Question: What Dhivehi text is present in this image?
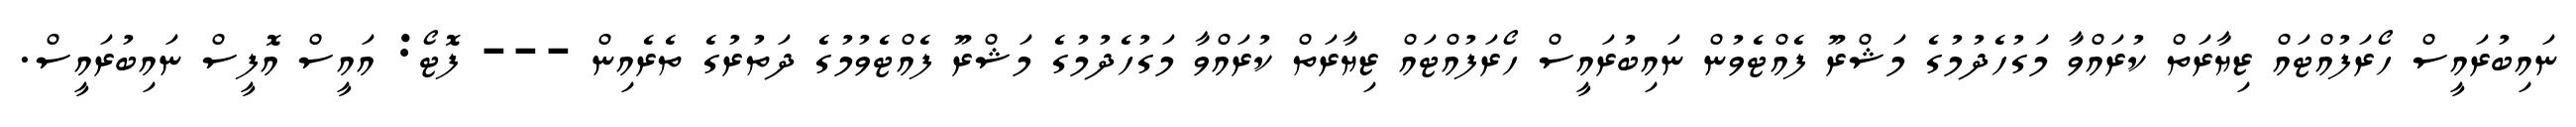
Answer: ނައިބުރައީސް ހޯރަފުއްޓައް ޒިޔާރަތް ކުރައްވާ މަގުހެދުމުގެ މަޝްރޫ ފެއްޓެވުން ނައިބުރައީސް ހޯރަފުއްޓައް ޒިޔާރަތް ކުރައްވާ މަގުހެދުމުގެ މަޝްރޫ ފެއްޓެވުމުގެ ދަތުރުގެ ތެރެއިން --- ފޮޓޯ: އައީސް އޮފީސް ނައިބުރައީސް.